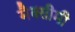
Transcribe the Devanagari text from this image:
मैक्सीमी